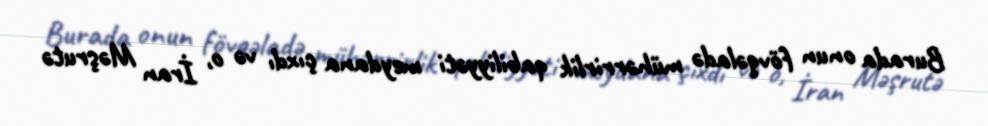
Burada onun fövqəladə mühərrirlik qabiliyyəti meydana çıxdı və o, İran Məşrutə